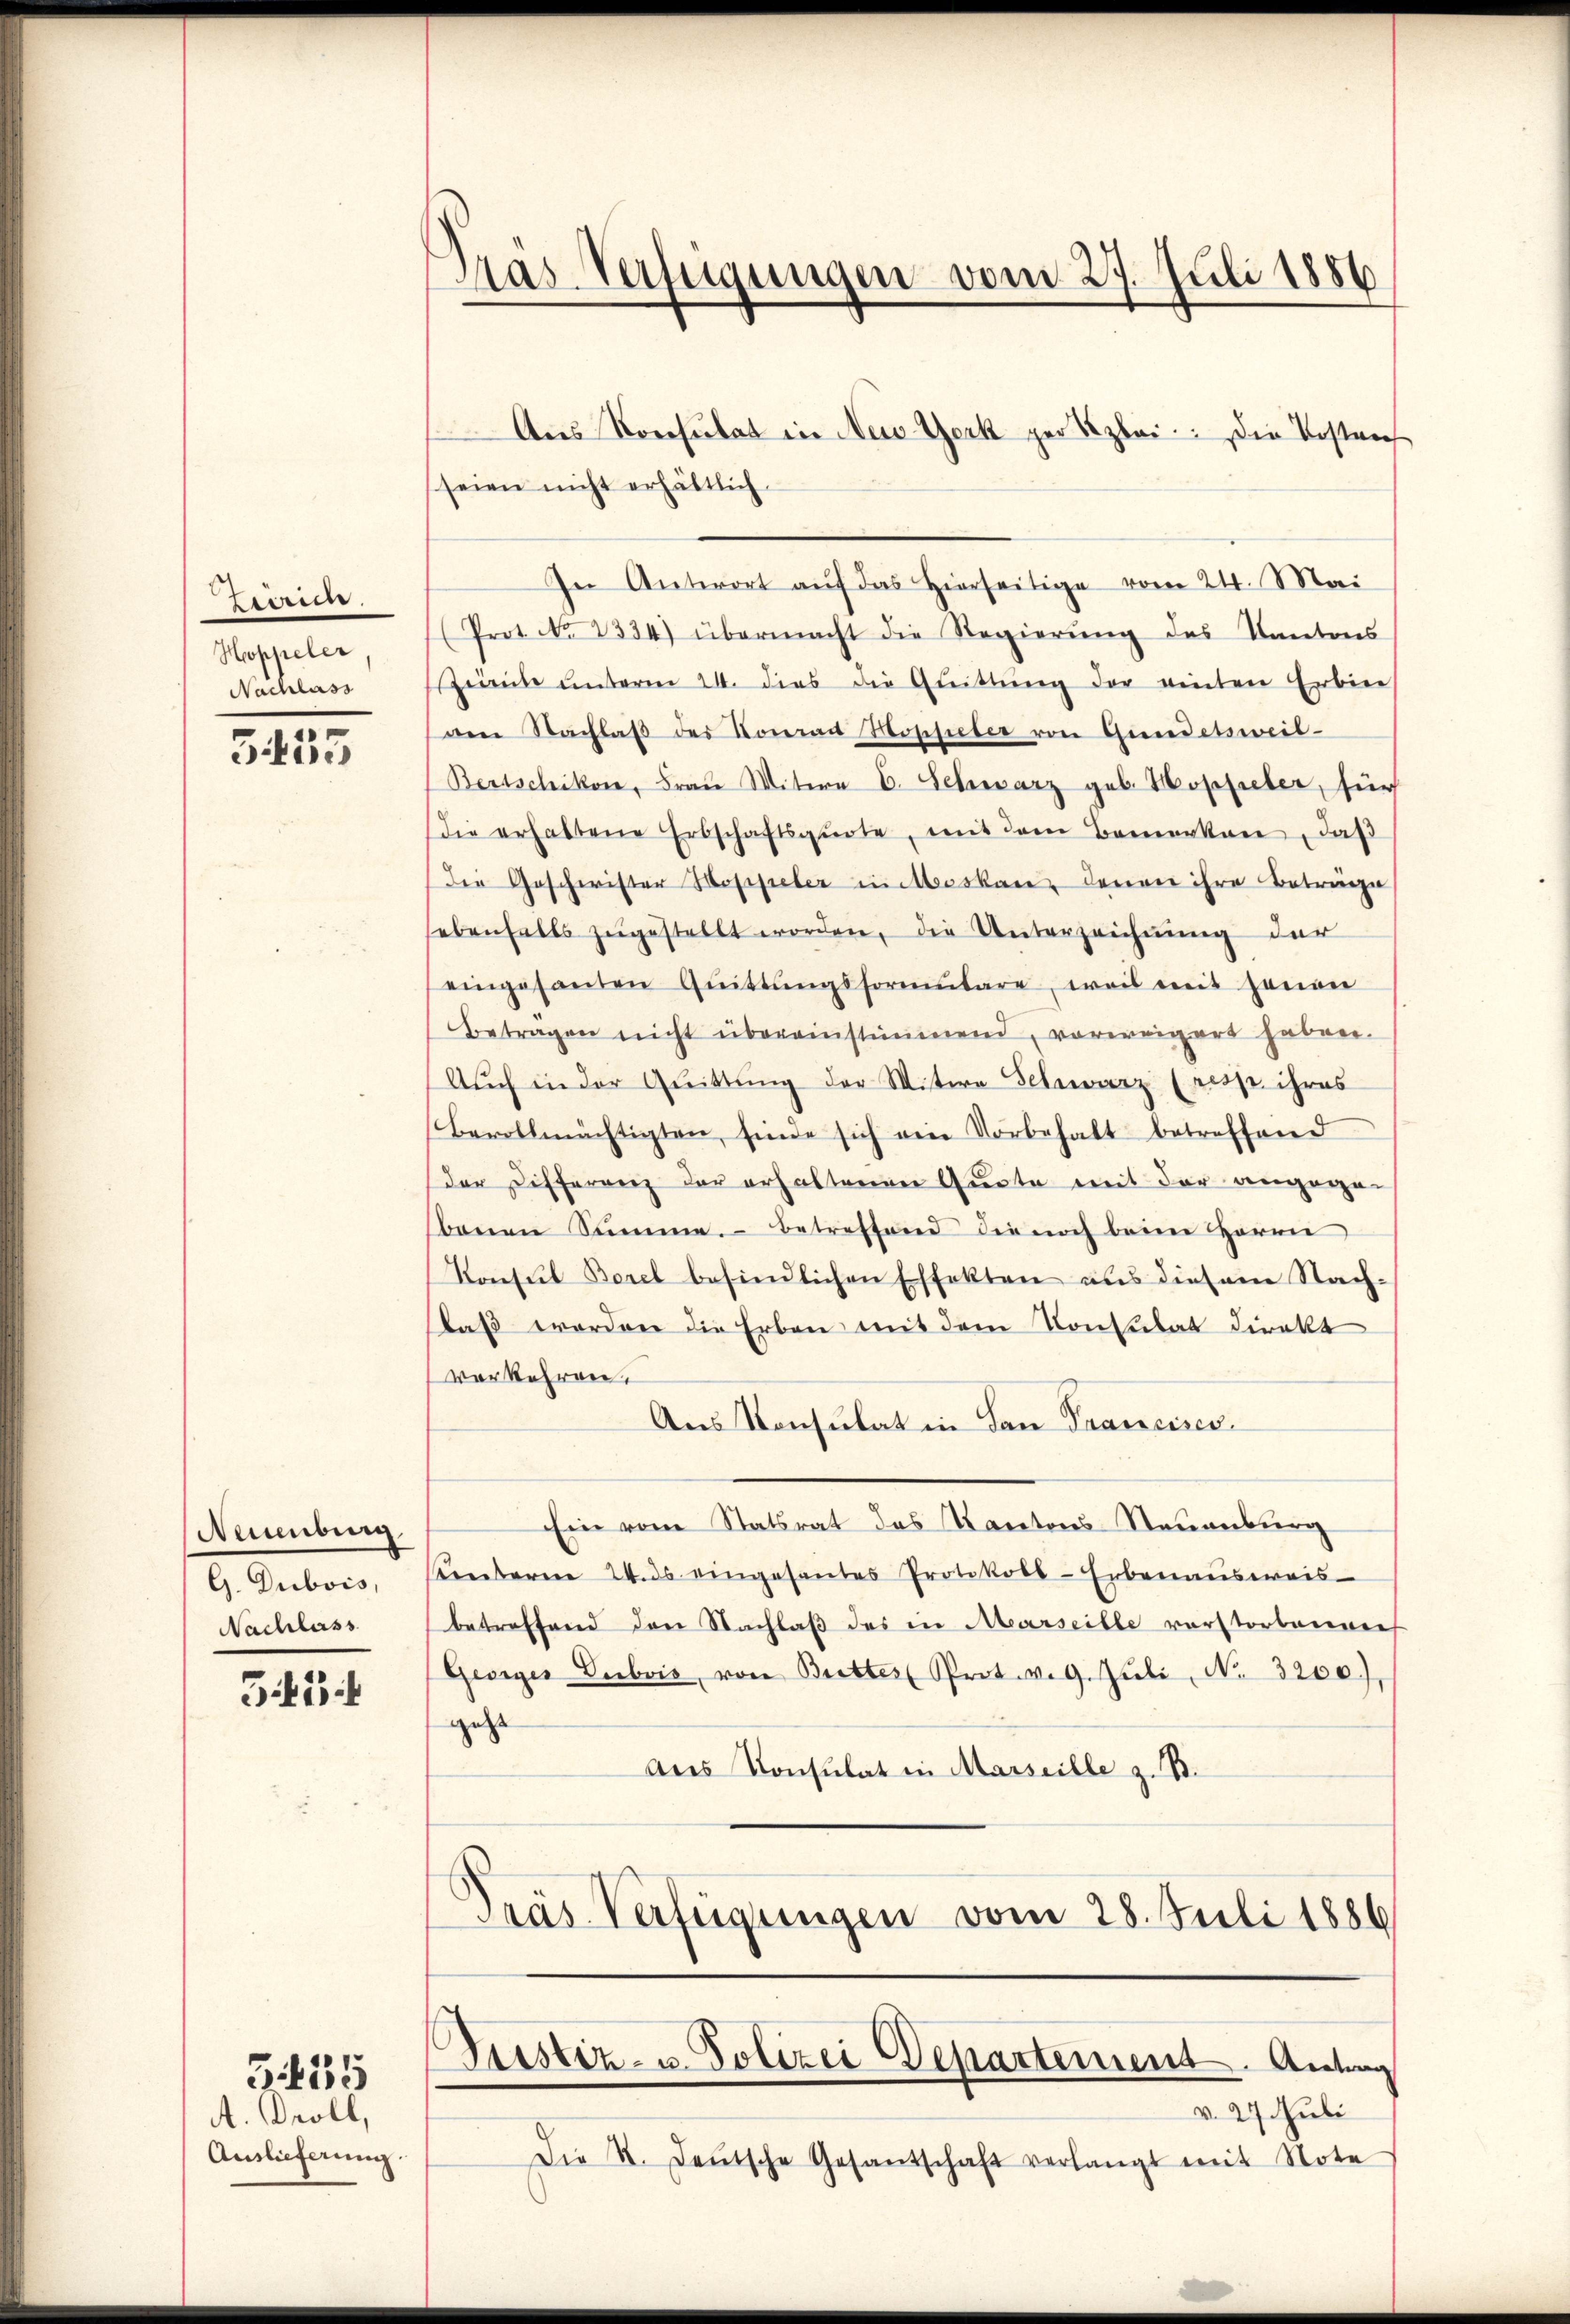
Eiiren.
Hoppeler
Nachlass
c

5oc

Neuenburg
G. Dubois,
Nachlass

542

A. Broll,
Auslieferung.

G455

Präs Verfügungen vom 27. Juli 1886

Aus Konsulat in Neis Werk per Szlei. Die Kostenf
seien nicht erhältlich
In Antwort aŭf das hierseitige vom 24. Mai
(Prot. No 1334) übermacht die Regierŭng des Kantons
Zeile ŭnterm 24. dies die Qŭittŭng der einten Erbier
aen Nachlaβ des Romant Moschieter von Gundetsweil-
Bertschikon, Frau Witern E. Schwarz geb. Hoppeler, für
die erhaltene Erbschaftsqŭote, mit dem Bemerken, daß
Der Geschwister Hoppeler in Meskan, denen ihre Beträge
ebenfalls zŭgestellt worden, die Unterzeichnung der
eingesanten Gŭittŭngsformŭlare, weil mit jenen
Betragen nicht übereinstimmend, vorweigert haben.
Aŭch in der Quittung der Witwe Schwarz (resp. ihres
Bevollmächtigten, finde sich ein Vorbehalt betreffend
der Differrenz der erhaltenen Quote mit der angegebenen Summe. Betreffend die noch beim Herrn
Konsul Borel befindlichen Effekten aus diesem Nach-
daß worden die Erben mit dem Konsulat direkt
verkehren.
Aus Konsulat in den Francises.
Ein vom Statsrat des Kantons Neuenburg
Kenbaren 24. ds eingesantes Protokoll-Erbenausweis-
betreffend den Nachlaß des in Marseille verstorbenners
Georger Dubois von Brettes Prot. v. 9. Juli, No. 3200),
geht
ans Konsulat in Marseille z. B.
Pras Verfügungen vom 28. Juli 1886

Ptistiz- u. Polizei Departement. Antrag
v. 27. Juli

Die St. deŭtsche Gesantschaft verlangt mit Note